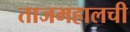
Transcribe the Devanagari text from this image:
ताजमहालची